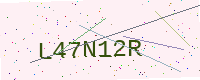
Text: L47N12R